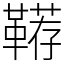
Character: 鞯